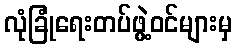
လုံခြုံရေးတပ်ဖွဲ့ဝင်များမှ